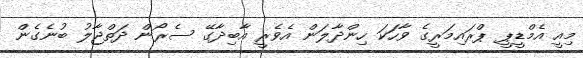
މިއީ އެމްޑީޕީ ޕްރައިމަރީގެ ވާހަކަ ހިންދާލަން އެވެރީ އާބިދާގޭ ސެރޯން ދަތްޖާލު ބުނެގެން